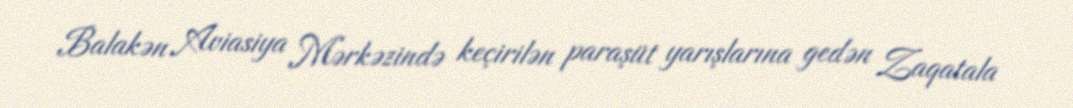
Balakən Aviasiya Mərkəzində keçirilən paraşüt yarışlarına gedən Zaqatala